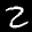
Digit: 2